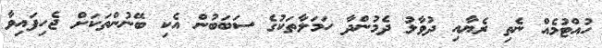
ހުއްޓުމެއް ނެތި ރެޔާއި ދުވާލު ދެމުންދާ ހަމަލާތަކުގެ ސަބަބުން އެކި ބޭނުންތަކަށް ޖެހިފައިވާ